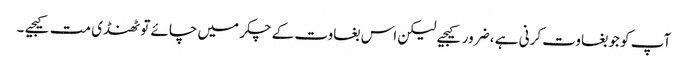
آپ کو جو بغاوت کرنی ہے ، ضرور کیجیے لیکن اس بغاوت کے چکر میں چائے تو ٹھنڈی مت کیجیے ۔